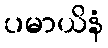
ပမာယိနံ